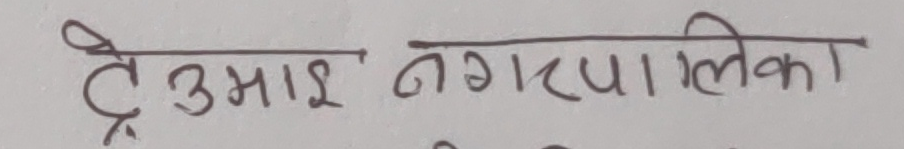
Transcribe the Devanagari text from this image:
ड्रेउमाई नगरपालिका